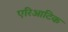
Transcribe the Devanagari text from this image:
एरिआटिक